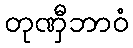
တုဏှီဘာဝံ